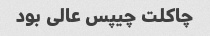
چاکلت چیپس عالی بود